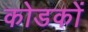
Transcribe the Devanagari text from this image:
कोडकों